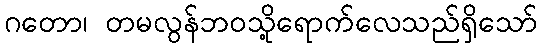
ဂတော၊ တမလွန်ဘဝသို့ရောက်လေသည်ရှိသော်